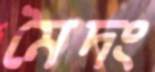
মৈদং